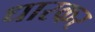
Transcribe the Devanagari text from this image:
धारकर